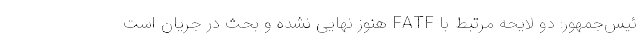
ئیس‌جمهور: دو لایحه مرتبط با FATF هنوز نهایی نشده و بحث در جریان است